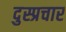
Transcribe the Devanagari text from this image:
दुस्प्रचार